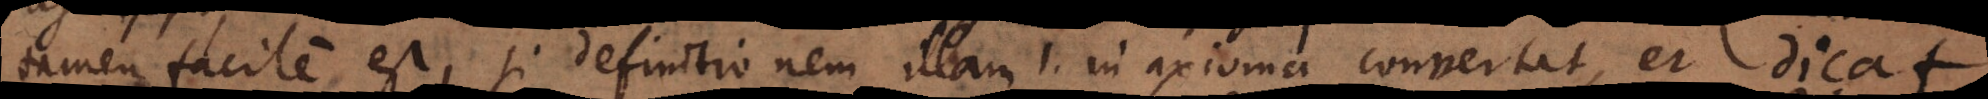
tamen facile est, si definitionem illam 1. in axioma convertat, et dicat: